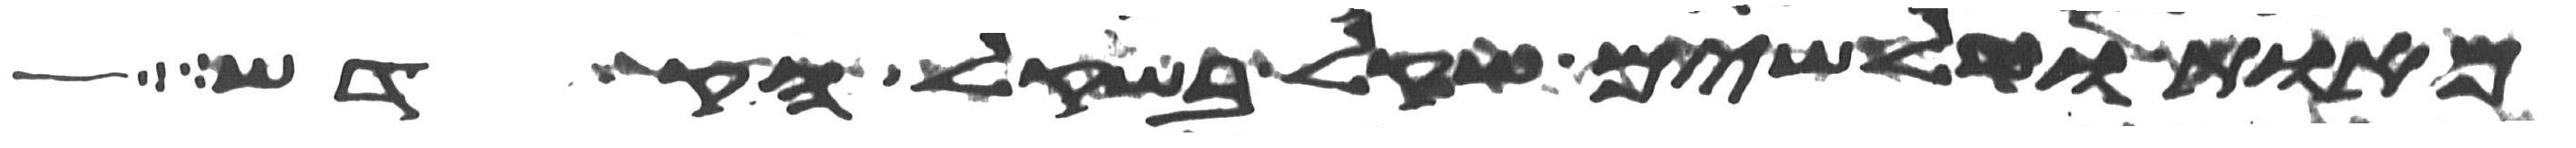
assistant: מאות ושלשים שקל בשקל הקדש